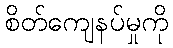
စိတ်ကျေနပ်မှုကို